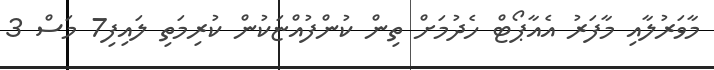
މާވަރުލާއި މާފަރު އެއާޕޯޓް ހެދުމަށް ތިން ކުންފުއްޏަކުން ކުރިމަތި ލައިފި7 މަސް 3